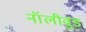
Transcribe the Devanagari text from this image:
नॉलीवुड